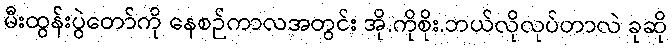
မီးထွန်းပွဲတော်ကို နေစဉ်ကာလအတွင်း အို.ကိုစိုး.ဘယ်လိုလုပ်တာလဲ ခုဆို